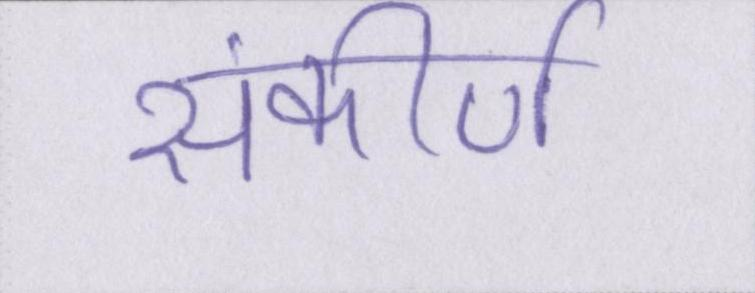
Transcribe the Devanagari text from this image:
संकीर्ण